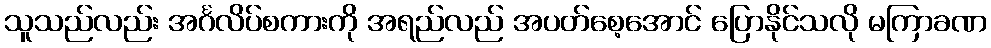
သူသည်လည်း အင်္ဂလိပ်စကားကို အရည်လည် အပတ်စေ့အောင် ပြောနိုင်သလို မကြာခဏ